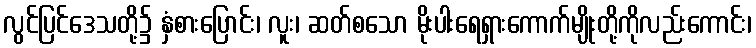
လွင်ပြင်ဒေသတို့၌ နှံစားပြောင်း၊ လူး၊ ဆတ်စသော မိုးပါးရေရှားကောက်မျိုးတို့ကိုလည်းကောင်း၊